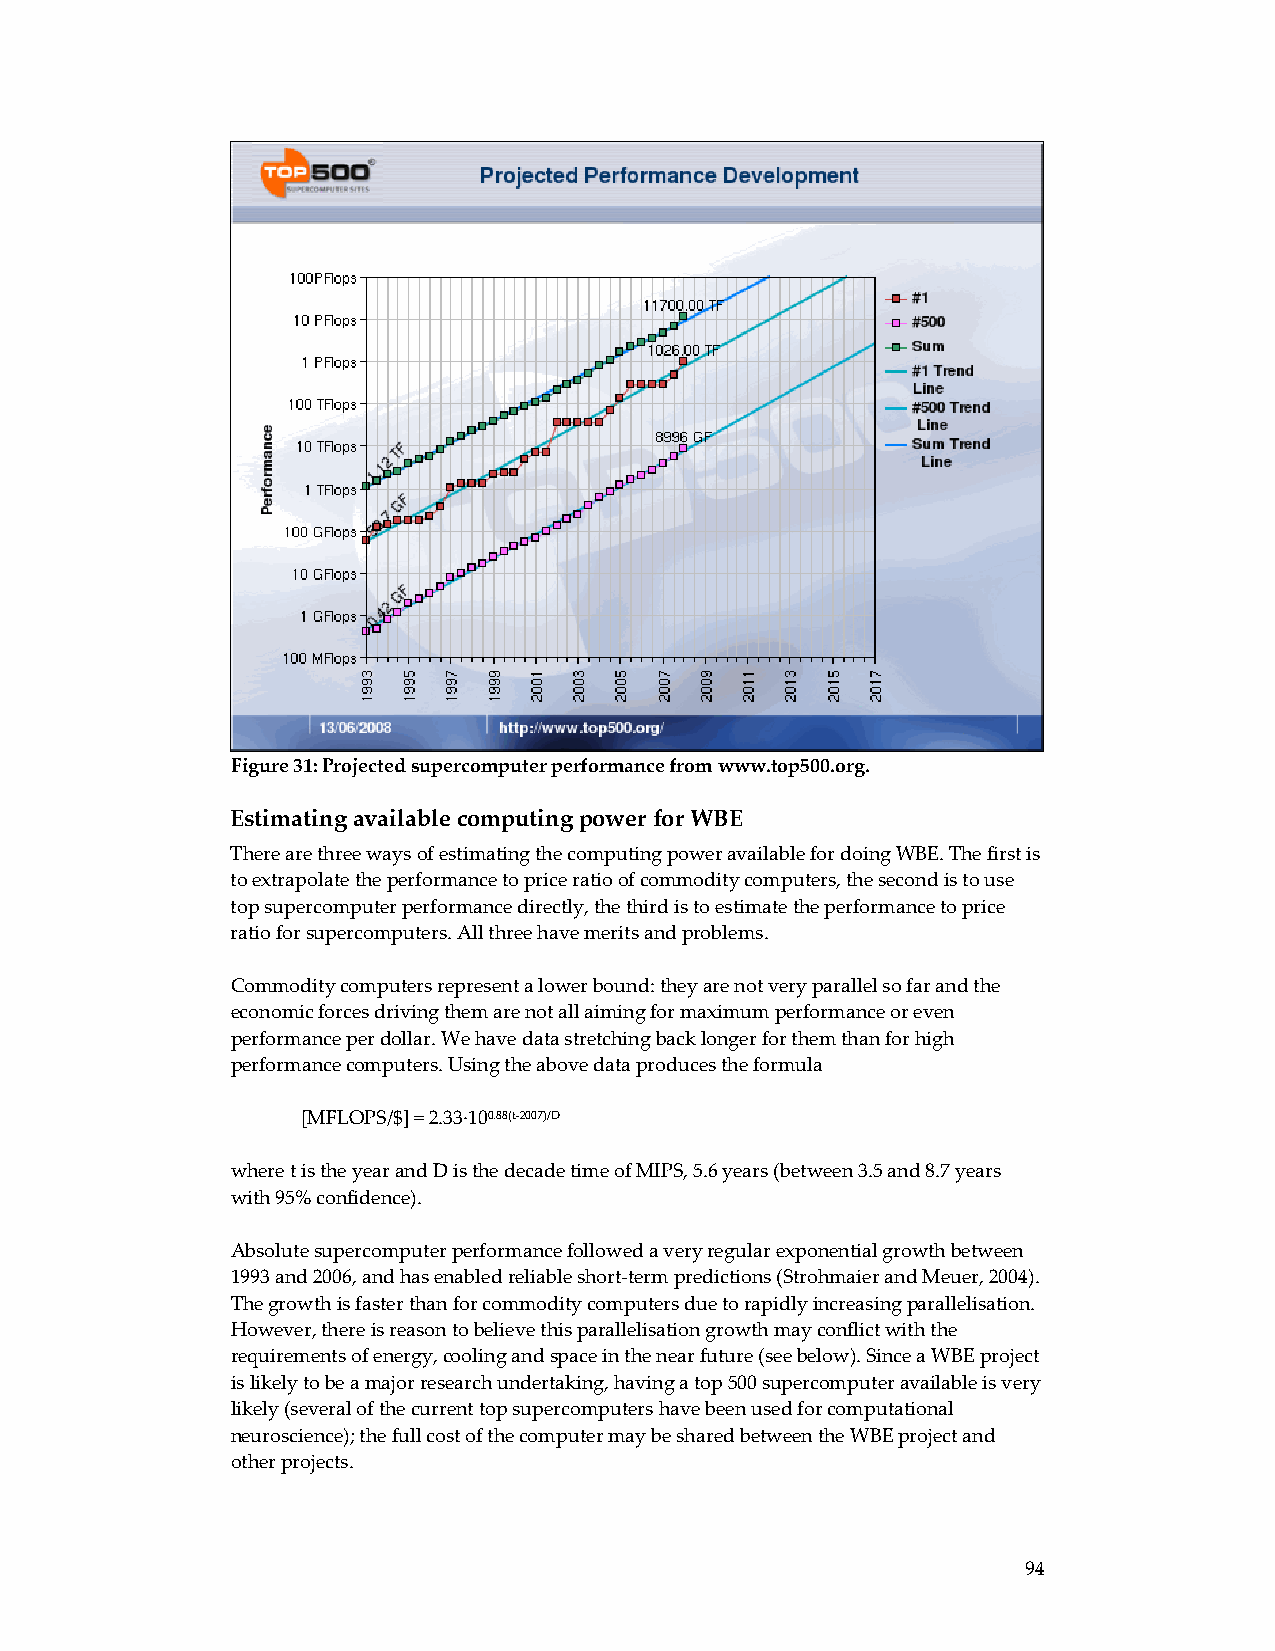
Figure 31: Projected supercomputer performance from www.top500.org.
 Estimating available computing power for WBE
 There are three ways of estimating the computing power available for doing WBE. The first is
 to extrapolate the performance to price ratio of commodity computers, the second is to use
 top supercomputer performance directly, the third is to estimate the performance to price
 ratio for supercomputers. All three have merits and problems.
 Commodity computers represent a lower bound: they are not very parallel so far and the
 economic forces driving them are not all aiming for maximum performance or even
 performance per dollar. We have data stretching back longer for them than for high
 performance computers. Using the above data produces the formula
 [MFLOPS/$] = 2.33∙100.88(t‐2007)/D
 where t is the year and D is the decade time of MIPS, 5.6 years (between 3.5 and 8.7 years
 with 95% confidence).
 Absolute supercomputer performance followed a very regular exponential growth between
 1993 and 2006, and has enabled reliable short‐term predictions (Strohmaier and Meuer, 2004).
 The growth is faster than for commodity computers due to rapidly increasing parallelisation.
 However, there is reason to believe this parallelisation growth may conflict with the
 requirements of energy, cooling and space in the near future (see below). Since a WBE project
 is likely to be a major research undertaking, having a top 500 supercomputer available is very
 likely (several of the current top supercomputers have been used for computational
 neuroscience); the full cost of the computer may be shared between the WBE project and
 other projects.
 94